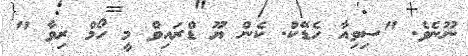
ނޫނެވެ. "ސިވިއާ ހެޑޭކް. ކެން ޔޫ ޑްރައިވް މީ ހޯމް ރިވާ "